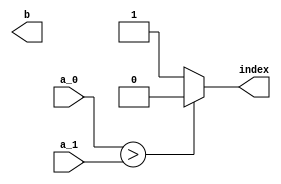
`timescale 1ns / 100ps

module comparator_2cen_16bit(b, index, a_0, a_1);
  output signed [15:0] b;
  output index;
  input signed [15:0] a_0;
  input signed [15:0] a_1;
  
  assign l = (a_0 > a_1)? a_0 : a_1;
  assign index = (a_0 > a_1)? 0 : 1;
endmodule